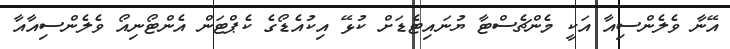
އޭނާ ވެލެންސިއާ އަކީ މެންޗެސްޓާ ޔުނައިޓެޑަށް ކުޅޭ އިކުއެޑޯގެ ކެޕްޓަން އެންޓޯނިއޯ ވެލެންސިއާއާ